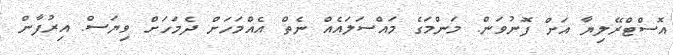
އޮސްޓްރޭލިޔާ އަށް ފޮނުވަން. މަންމަގެ މައްސަލައެއް ނެތް އެއްމަހަށް ދެމަހަށް ވިޔަސް. އިރުފާން